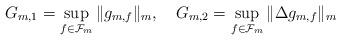
LaTeX: \begin{align*}G_{m,1}= \sup_{f \in \mathcal{F}_m}\|g_{m,f}\|_m,\ \ \ G_{m,2} = \sup_{f \in \mathcal{F}_m}\| \Delta g_{m,f} \|_m\end{align*}